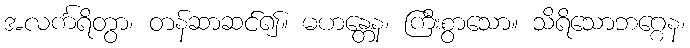
အလင်္ကရိတွာ၊ တန်ဆာဆင်၍။ မဟန္တေန၊ ကြီးစွာသော။ သိရိသောဘဂ္ဂေန၊